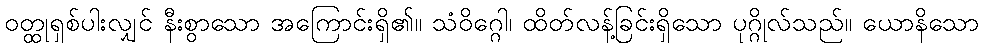
ဝတ္ထုရှစ်ပါးလျှင် နီးစွာသော အကြောင်းရှိ၏။ သံဝိဂ္ဂေါ၊ ထိတ်လန့်ခြင်းရှိသော ပုဂ္ဂိုလ်သည်။ ယောနိသော